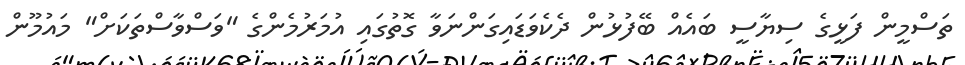
ތަސްމީން ފަޅީގެ ސިޔާސީ ބައެއް ބޭފުޅުން ދެކެވަޑައިގަންނަވާ ގޮތުގައި އުމަރުމެންގެ "ވަސްވާސްތަކަށް" މައުމޫން